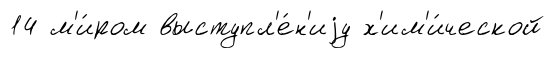
14 м'и́ром выступл'е́н'иjу х'им'и́ческой